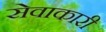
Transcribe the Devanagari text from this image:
सेवाकारी